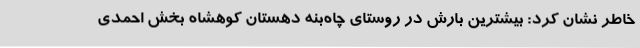
خاطر نشان کرد: بیشترین بارش در روستای چاه‌بُنه دهستان کوهشاه بخش احمدی